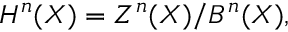
H ^ { n } ( X ) = Z ^ { n } ( X ) / B ^ { n } ( X ) ,